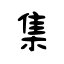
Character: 集